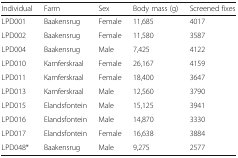
| Individual | Farm | Sex | Body mass (g) | Screened fixes |
 | --- | --- | --- | --- | --- |
 | LPD001 | Baakensrug | Female | 11,685 | 4017 |
 | LPD002 | Baakensrug | Female | 11,580 | 3587 |
 | LPD004 | Baakensrug | Male | 7,425 | 4122 |
 | LPD010 | Kamferskraal | Female | 26,167 | 4159 |
 | LPD011 | Kamferskraal | Female | 18,400 | 3647 |
 | LPD013 | Kamferskraal | Male | 12,560 | 3790 |
 | LPD015 | Elandsfontein | Male | 15,125 | 3941 |
 | LPD016 | Elandsfontein | Male | 14,870 | 3330 |
 | LPD017 | Elandsfontein | Female | 16,638 | 3884 |
 | LPD048* | Baakensrug | Male | 9,275 | 2577 |